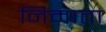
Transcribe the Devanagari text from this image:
निमाता